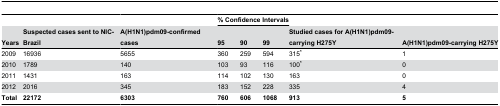
<table><thead><tr><td></td><td></td><td></td><td colspan="3"><b>% Confidence Intervals</b></td><td></td><td></td></tr><tr><td><b>Years</b></td><td><b>Suspected cases sent to NIC-Brazil</b></td><td><b>A(H1N1)pdm09-confirmed cases</b></td><td><b>95</b></td><td><b>90</b></td><td><b>99</b></td><td><b>Studied cases for A(H1N1)pdm09-carrying H275Y</b></td><td><b>A(H1N1)pdm09-carrying H275Y</b></td></tr></thead><tbody><tr><td>2009</td><td>16936</td><td>5655</td><td>360</td><td>259</td><td>594</td><td>315*</td><td>1</td></tr><tr><td>2010</td><td>1789</td><td>140</td><td>103</td><td>93</td><td>116</td><td>100*</td><td>0</td></tr><tr><td>2011</td><td>1431</td><td>163</td><td>114</td><td>102</td><td>130</td><td>163</td><td>0</td></tr><tr><td>2012</td><td>2016</td><td>345</td><td>183</td><td>152</td><td>228</td><td>335</td><td>4</td></tr><tr><td><b>Total</b></td><td><b>22172</b></td><td><b>6303</b></td><td><b>760</b></td><td><b>606</b></td><td><b>1068</b></td><td><b>913</b></td><td><b>5</b></td></tr></tbody></table>